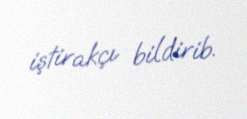
iştirakçı bildirib.